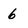
Character: 6